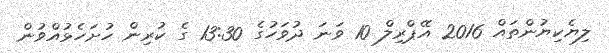
ލިޔެކިޔުންތައް 2016 އޭޕްރިލް 10 ވަނަ ދުވަހުގެ 13:30 ގެ ކުރިން ހުށަހެޅުއްވުން